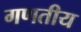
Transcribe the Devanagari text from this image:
गणतीय